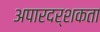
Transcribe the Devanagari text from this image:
अपारदर्शकता